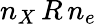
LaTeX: n_{X}\, R\, n_{e}